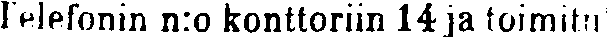
Telefonin n:o konttoriin 14 ja toimituk